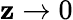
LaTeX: \mathbf{z}\rightarrow0